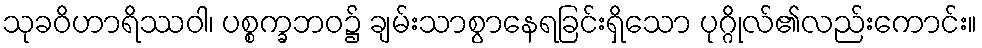
သုခဝိဟာရိဿဝါ၊ ပစ္စက္ခဘဝ၌ ချမ်းသာစွာနေရခြင်းရှိသော ပုဂ္ဂိုလ်၏လည်းကောင်း။